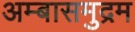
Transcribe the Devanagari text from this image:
अम्बासमुद्रम